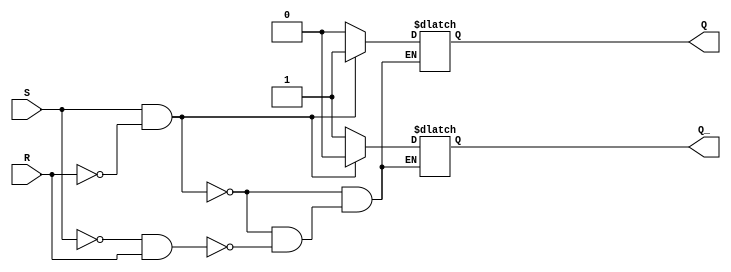
module sr_flipflop (
    input S,
    input R,
    output reg Q,
    output reg Q_
);

always @ (S, R) begin
    if (S && !R) begin // Set state
        Q = 1;
        Q_ = 0;
    end else if (!S && R) begin // Reset state
        Q = 0;
        Q_ = 1;
    end
end

endmodule